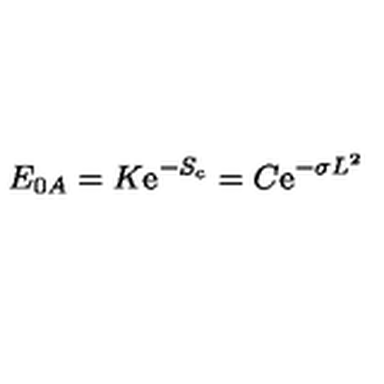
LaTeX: E _ { 0 A } = K \mathrm { e } ^ { - S _ { c } } = C \mathrm { e } ^ { - \sigma L ^ { 2 } }